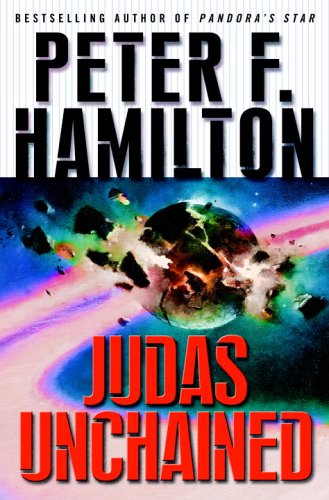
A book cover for Judas Unchained; Peter F. Hamilton; Science Fiction & Fantasy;